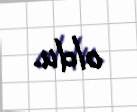
oldu.